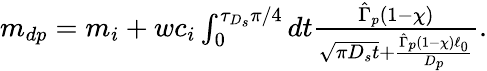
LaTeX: \begin{array}{r}{m_{dp}=m_{i}+wc_{i}\int_{0}^{\tau_{D_{s}}\pi/4}dt\frac{\hat{\Gamma}_{p}(1-\chi)}{\sqrt{\pi D_{s}t}+\frac{\hat{\Gamma}_{p}(1-\chi)\ell_{0}}{D_{p}}}.}\end{array}